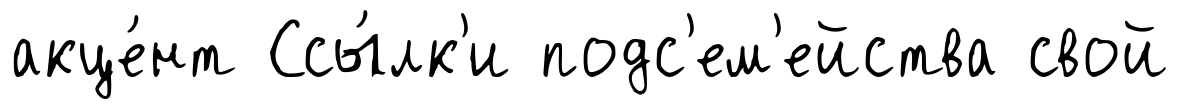
акце́нт Ссы́лк'и подс'ем'ейства свой